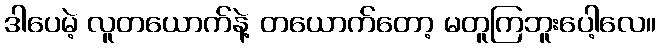
ဒါပေမဲ့ လူတယောက်နဲ့ တယောက်တော့ မတူကြဘူးပေါ့လေ။